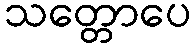
သတ္တောပေ